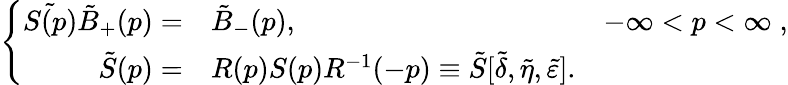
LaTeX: \left\{ \begin{array}{rlr}{{\tilde{S(p)}\tilde{B}_{+}(p)=}}&{{\tilde{B}_{-}(p),}}&{{-\infty<p<\infty\; ,}}\\ {{\tilde{S}(p)=}}&{{R(p)S(p)R^{-1}(-p)\equiv\tilde{S}[\tilde{\delta},\tilde{\eta},\tilde{\varepsilon}].}}&{{}}\end{array}\right.